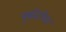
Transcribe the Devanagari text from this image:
बुद्धदेशित